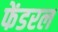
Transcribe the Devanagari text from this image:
फेंडरल